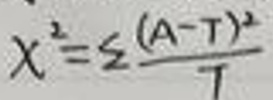
\[
\chi^{2}=\sum \frac{(A - T)^{2}}{T}
\]